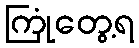
ကြုံတွေ့ရ